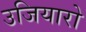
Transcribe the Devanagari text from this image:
उजियारो